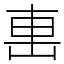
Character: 𨊥